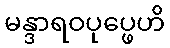
မန္ဒာရဝပုပ္ဖေဟိ